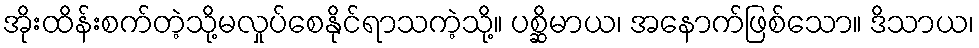
အိုးထိန်းစက်တဲ့သို့မလှုပ်စေနိုင်ရာသကဲ့သို့။ ပစ္ဆိမာယ၊ အနောက်ဖြစ်သော။ ဒိသာယ၊